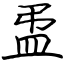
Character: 盄